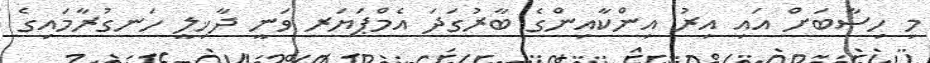
މި ހިސާބަށް އައި އިރު އިންކާއިންގެ ބާރުގަދަ އެމްޕަޔަރ ވަނީ ދާޚިލީ ހަނގުރާމައިގެ